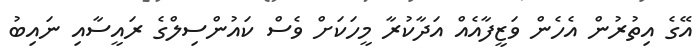
އޭގެ އިތުރުން އެހެން ވަޒީފާއެއް އަދާކުރާ މީހަކަށް ވެސް ކައުންސިލްގެ ރައީސާއި ނައިބު